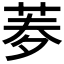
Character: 𦰀